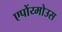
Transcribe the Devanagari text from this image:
एपोंय्मोउस